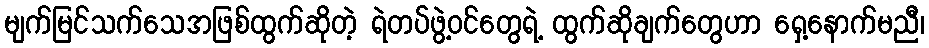
မျက်မြင်သက်သေအဖြစ်ထွက်ဆိုတဲ့ ရဲတပ်ဖွဲ့ဝင်တွေရဲ့ ထွက်ဆိုချက်တွေဟာ ရှေ့နောက်မညီ၊